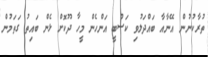
ތުރާކުނުން އޭނާއާ ބައްދަލުވި ކަސްބީ އަންހެން މީހާ ދޫކޮށް ޅެން ބައިތު ގަތަމުން